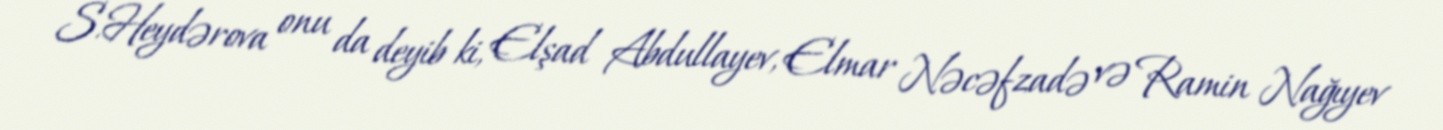
S.Heydərova onu da deyib ki, Elşad Abdullayev, Elmar Nəcəfzadə və Ramin Nağıyev